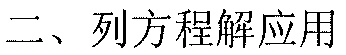
二、列方程解应用